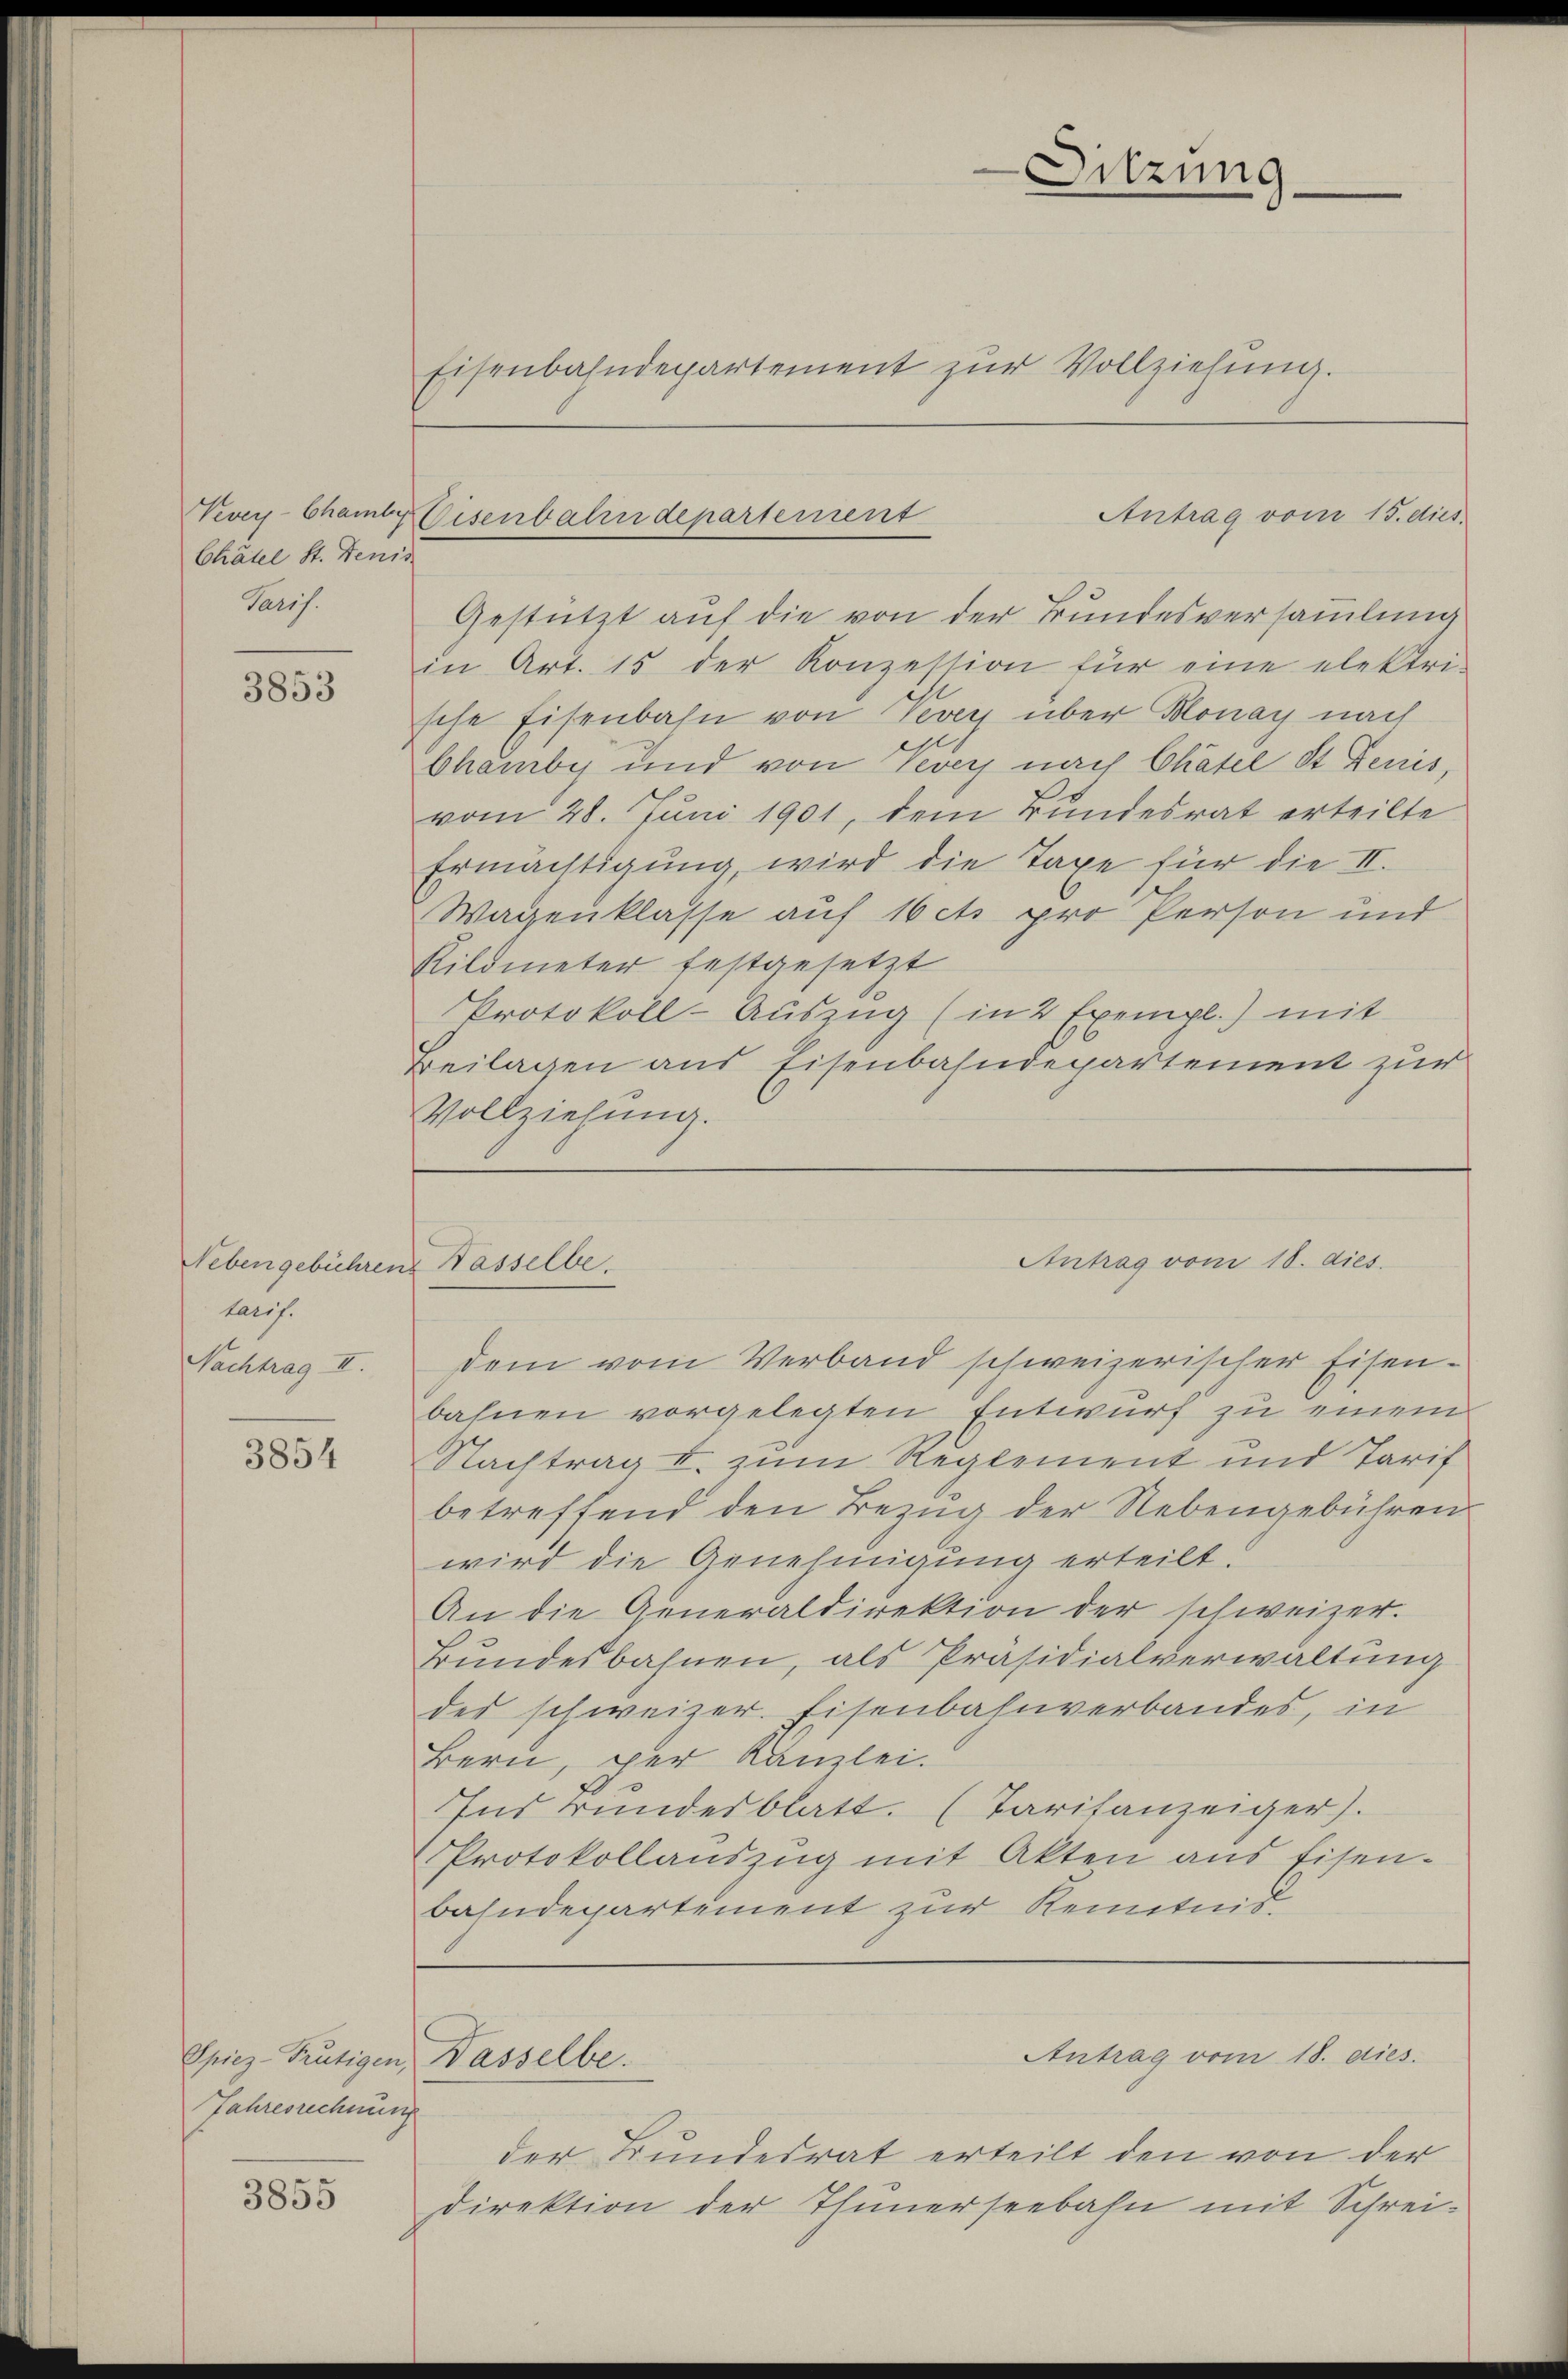
Vevey-Chambr
Chätel St. Denis
Paris.

3853

taris.
Nachtrag II.

3854

Jahresrechnung

3855

Opiez-Trutigen, Wasselbe.

Eisenbahndepartement zur Vollziehung.

Gestützt auf die von der Bundesversammlung
in Art. 15 der Konzession für eine elektri-
sche Eisenbahn von Vevey über Blonay nach
l
bhömby und von Vevey nach Chätel St. Jenis,
vom 28. Juni 1901, dem Bundesrat erteilte
Ermächtigung, wird die Taxe für die II.
Wagenklasse auf 16 et pro Person und
Kildmeter festgesetzt
Protokoll-Auszug (in 2 Exempl.) mit
Beilagen aus Eisenbahndepartement zur
Vollziehung.

Antrag vom 15. dies
Eisenbahndepartement

Nebengebühren. Wasselbe.

Sitzung

Antrag vom 18. dies

dem vom Verband schweizerischer Eisenbahnen vorgelegten Entwurf zu einem
Nachtrag III. zum Reglement und Tarif
betreffend den Bezug der Nebengebühren
wird die Genehmigung erteilt:
An die Generaldirektion der schweizer.
Bundesbahnen, als Präsidialverwaltung
des schweizer. Eisenbahnverbandes, in
Bern, per Kanzlei.
Ins rundesblatt. (Tarifanzeiger).
Protokollauszug mit Akten aus Eisen-
bahndepartement zur Kenntniß

Antrag vom 18. dies.

der Bundesrat erteilt den von der
Direktion der Thunerseebahn mit Schrei¬